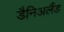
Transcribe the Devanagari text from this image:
डैनिअलैंड